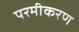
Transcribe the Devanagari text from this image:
परमीकरण